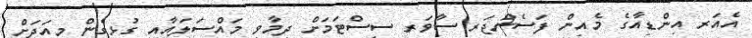
އެއަރ އިންޑިއާގެ މެއިން ފަސެންޖަރ ސާވަރ ސިސްޓަމަށް ދިމާވި މައްސަލައާއި ގުޅިގެން މިއަދަށް